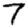
Digit: 7